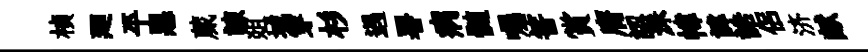
楨廻平惡蕆諫爼城穿杉遇署病髄囑筈賞膺認洙幃諱誥侣济献